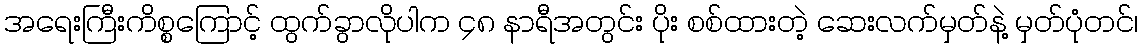
အရေးကြီးကိစ္စကြောင့် ထွက်ခွာလိုပါက ၄၈ နာရီအတွင်း ပိုး စစ်ထားတဲ့ ဆေးလက်မှတ်နဲ့ မှတ်ပုံတင်၊